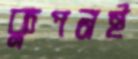
কুপনই